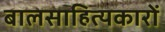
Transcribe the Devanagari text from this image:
बालसाहित्‍यकारों